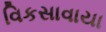
વિકસાવાયા